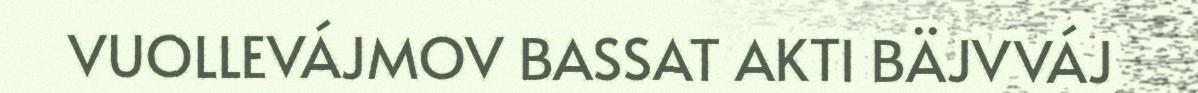
VUOLLEVÁJMOV BASSAT AKTI BÄJVVÁJ